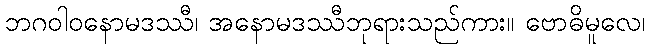
ဘဂဝါဝနောမဒဿီ၊ အနောမဒဿီဘုရားသည်ကား။ ဗောဓိမူလေ၊